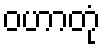
ဝဟာတုံ